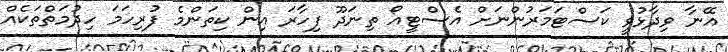
އޭނާ ވިދާޅުވީ ކަސްޓަމަރުންނަށް އެސްޓީއޯ ތިނަދޫ ފިހާރަ އިން ކިތަންމެ ފުރިހަމަ ހިދުމަތްތަކެއް